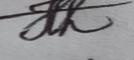
Signature authenticity: genuine